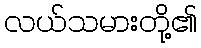
လယ်သမားတို့၏